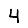
Digit: 4